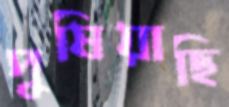
পুষিয়াছি